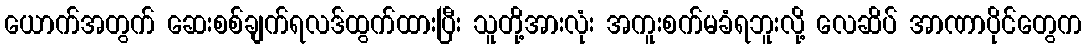
ယောက်အတွက် ဆေးစစ်ချက်ရလဒ်ထွက်ထားပြီး သူတို့အားလုံး အကူးစက်မခံရဘူးလို့ လေဆိပ် အာဏာပိုင်တွေက